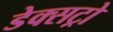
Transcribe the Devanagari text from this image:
डेक्सट्रो